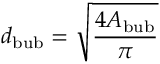
d _ { \mathrm { b u b } } = \sqrt { \frac { 4 A _ { \mathrm { b u b } } } { \pi } }